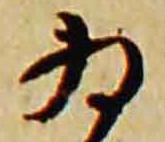
為